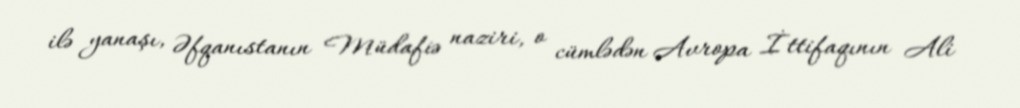
ilə yanaşı, Əfqanıstanın Müdafiə naziri, o cümlədən Avropa İttifaqının Ali